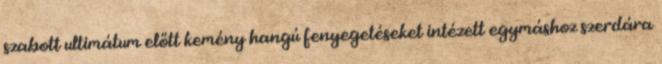
szabott ultimátum előtt kemény hangú fenyegetéseket intézett egymáshoz szerdára